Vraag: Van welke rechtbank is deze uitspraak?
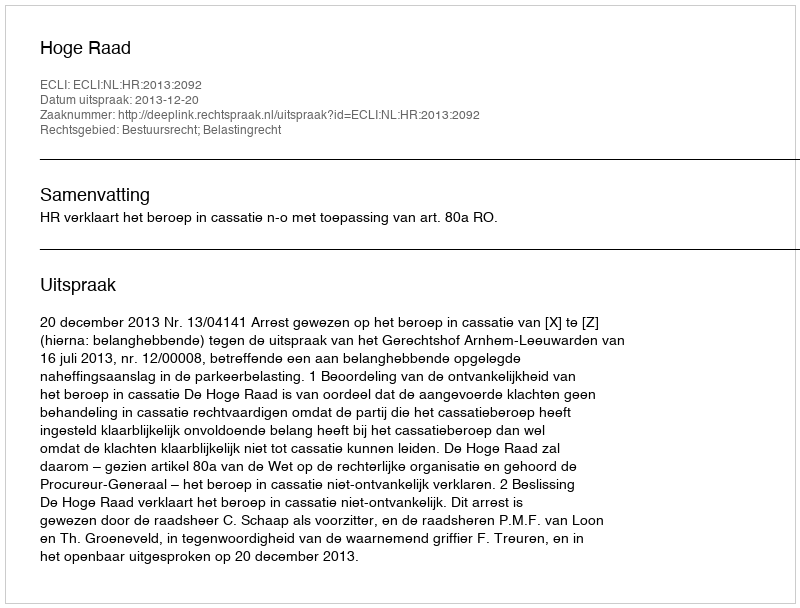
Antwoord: Hoge Raad